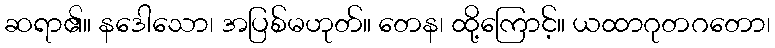
ဆရာ၏။ နဒေါသော၊ အပြစ်မဟုတ်။ တေန၊ ထို့ကြောင့်။ ယထာဂုတဂတော၊